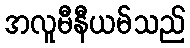
အလူမီနီယမ်သည်